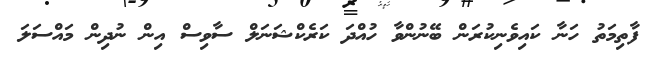
ފާތިމަތު ހަނާ ކައިވެނިކުރަން ބޭނުންވާ ހުއްދަ ކަރެކްޝަނަލް ސާވިސް އިން ނުދިން މައްސަލަ